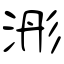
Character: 浵